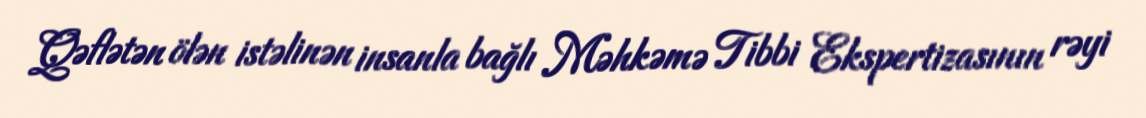
Qəflətən ölən istəlinən insanla bağlı Məhkəmə Tibbi Ekspertizasının rəyi